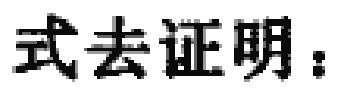
式去证明：